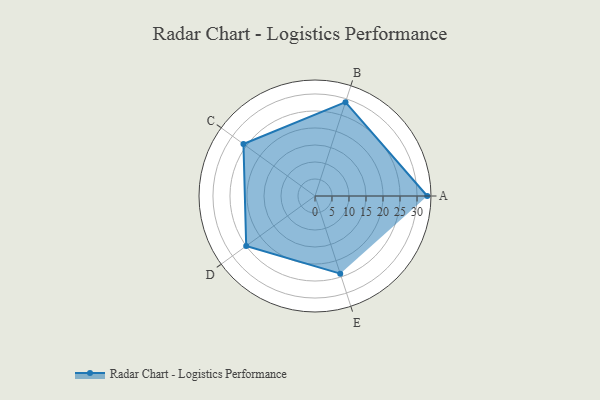
{"axis": {"x": "Skill", "y": "Score"}, "legend": ["Profile"], "data": [{"x": "A", "y": 33.0, "type": "Profile"}, {"x": "B", "y": 29.0, "type": "Profile"}, {"x": "C", "y": 26.0, "type": "Profile"}, {"x": "D", "y": 25.0, "type": "Profile"}, {"x": "E", "y": 24.0, "type": "Profile"}]}